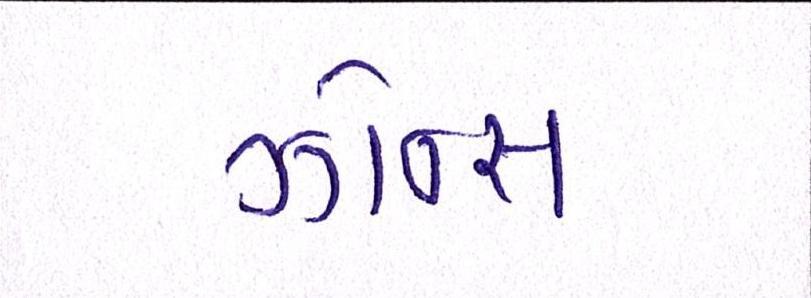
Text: ઝોન્સ